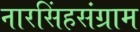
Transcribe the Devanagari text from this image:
नारसिंहसंग्राम